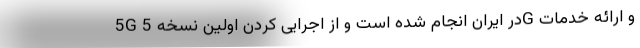
5G در ایران انجام شده است و از اجرایی کردن اولین نسخه 5G و ارائه خدمات